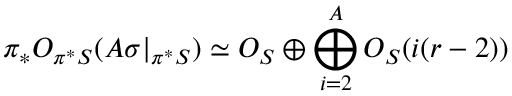
\pi _ { * } { \cal O } _ { \pi ^ { * } { \cal S } } ( A \sigma | _ { \pi ^ { * } { \cal S } } ) \simeq { \cal O } _ { { \cal S } } \oplus \bigoplus _ { i = 2 } ^ { A } { \cal O } _ { { \cal S } } ( i ( r - 2 ) )